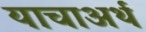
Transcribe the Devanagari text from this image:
याचाअर्थ